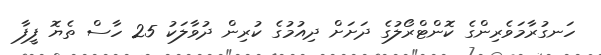
ހަނގުރާމަވެރިންގެ ކޮންޓްރޯލުގެ ދަށަށް ދިއުމުގެ ކުރިން ދުވާލަކު 25 ހާސް ތެޔޮ ފީފާ